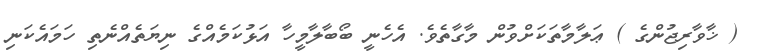
( ޚާވާރިޖުންގެ ) ޢަލާމާތަކަށްވުން މާގާތެވެ. އެހެނީ ބޯބާލާމީހާ އަޅުކަމެއްގެ ނިޔަތެއްނެތި ހަމައެކަނި